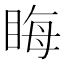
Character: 䀲